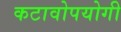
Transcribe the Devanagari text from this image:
कटावोपयोगी